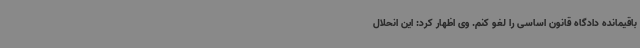
باقیمانده دادگاه قانون اساسی را لغو کنم. وی اظهار کرد: این انحلال